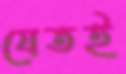
যেতই